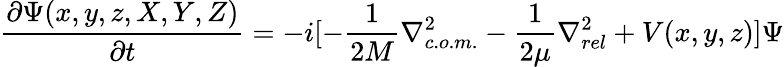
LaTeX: {\frac{\partial\Psi(x,y,z,X,Y,Z)}{\partial t}}=-i[-{\frac{1}{2M}}\nabla_{c.o.m.}^{2}-{\frac{1}{2\mu}}\nabla_{rel}^{2}+V(x,y,z)]\Psi